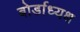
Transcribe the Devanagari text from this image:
बोर्डाध्यक्ष